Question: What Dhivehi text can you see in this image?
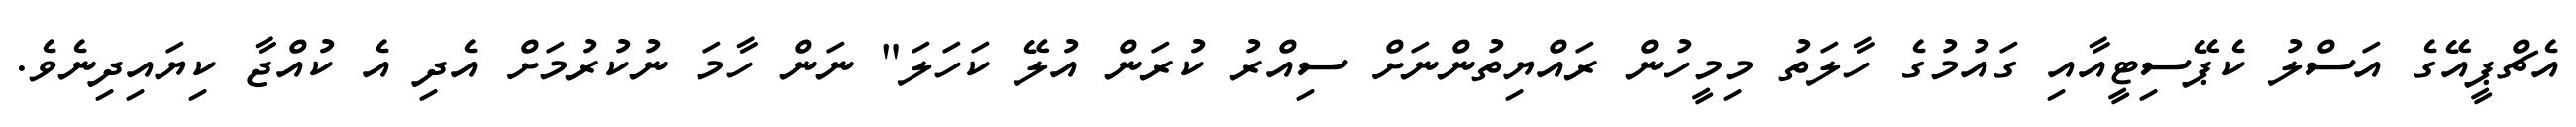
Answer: އެޗްޕީއޭގެ އަސްލު ކެޕޭސިޓީއާއި ގައުމުގެ ހާލަތު މިމީހުން ރައްޔިތުންނަށް ސިއްރު ކުރަން އުލޭ ކަހަލަ" ނަން ހާމަ ނުކުރުމަށް އެދި އެ ކުއްޖާ ކިޔައިދިނެވެ.